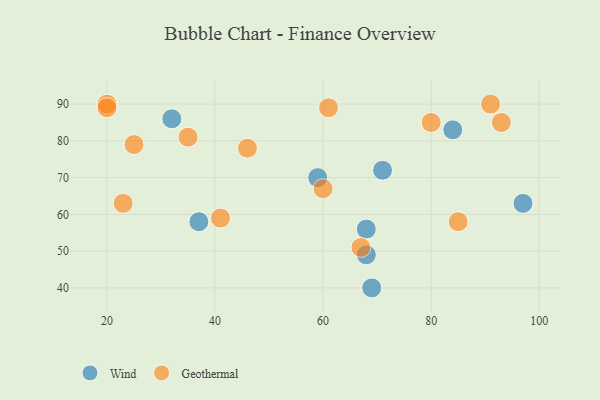
{"axis": {"x": "GDP", "y": "Life Expectancy"}, "legend": ["Geothermal", "Wind"], "data": [{"x": "69", "y": 40, "type": "Wind"}, {"x": "59", "y": 70, "type": "Wind"}, {"x": "37", "y": 58, "type": "Wind"}, {"x": "68", "y": 49, "type": "Wind"}, {"x": "84", "y": 83, "type": "Wind"}, {"x": "68", "y": 56, "type": "Wind"}, {"x": "32", "y": 86, "type": "Wind"}, {"x": "71", "y": 72, "type": "Wind"}, {"x": "97", "y": 63, "type": "Wind"}, {"x": "35", "y": 81, "type": "Geothermal"}, {"x": "61", "y": 89, "type": "Geothermal"}, {"x": "80", "y": 85, "type": "Geothermal"}, {"x": "85", "y": 58, "type": "Geothermal"}, {"x": "46", "y": 78, "type": "Geothermal"}, {"x": "20", "y": 90, "type": "Geothermal"}, {"x": "20", "y": 89, "type": "Geothermal"}, {"x": "23", "y": 63, "type": "Geothermal"}, {"x": "93", "y": 85, "type": "Geothermal"}, {"x": "60", "y": 67, "type": "Geothermal"}, {"x": "41", "y": 59, "type": "Geothermal"}, {"x": "25", "y": 79, "type": "Geothermal"}, {"x": "67", "y": 51, "type": "Geothermal"}, {"x": "91", "y": 90, "type": "Geothermal"}]}